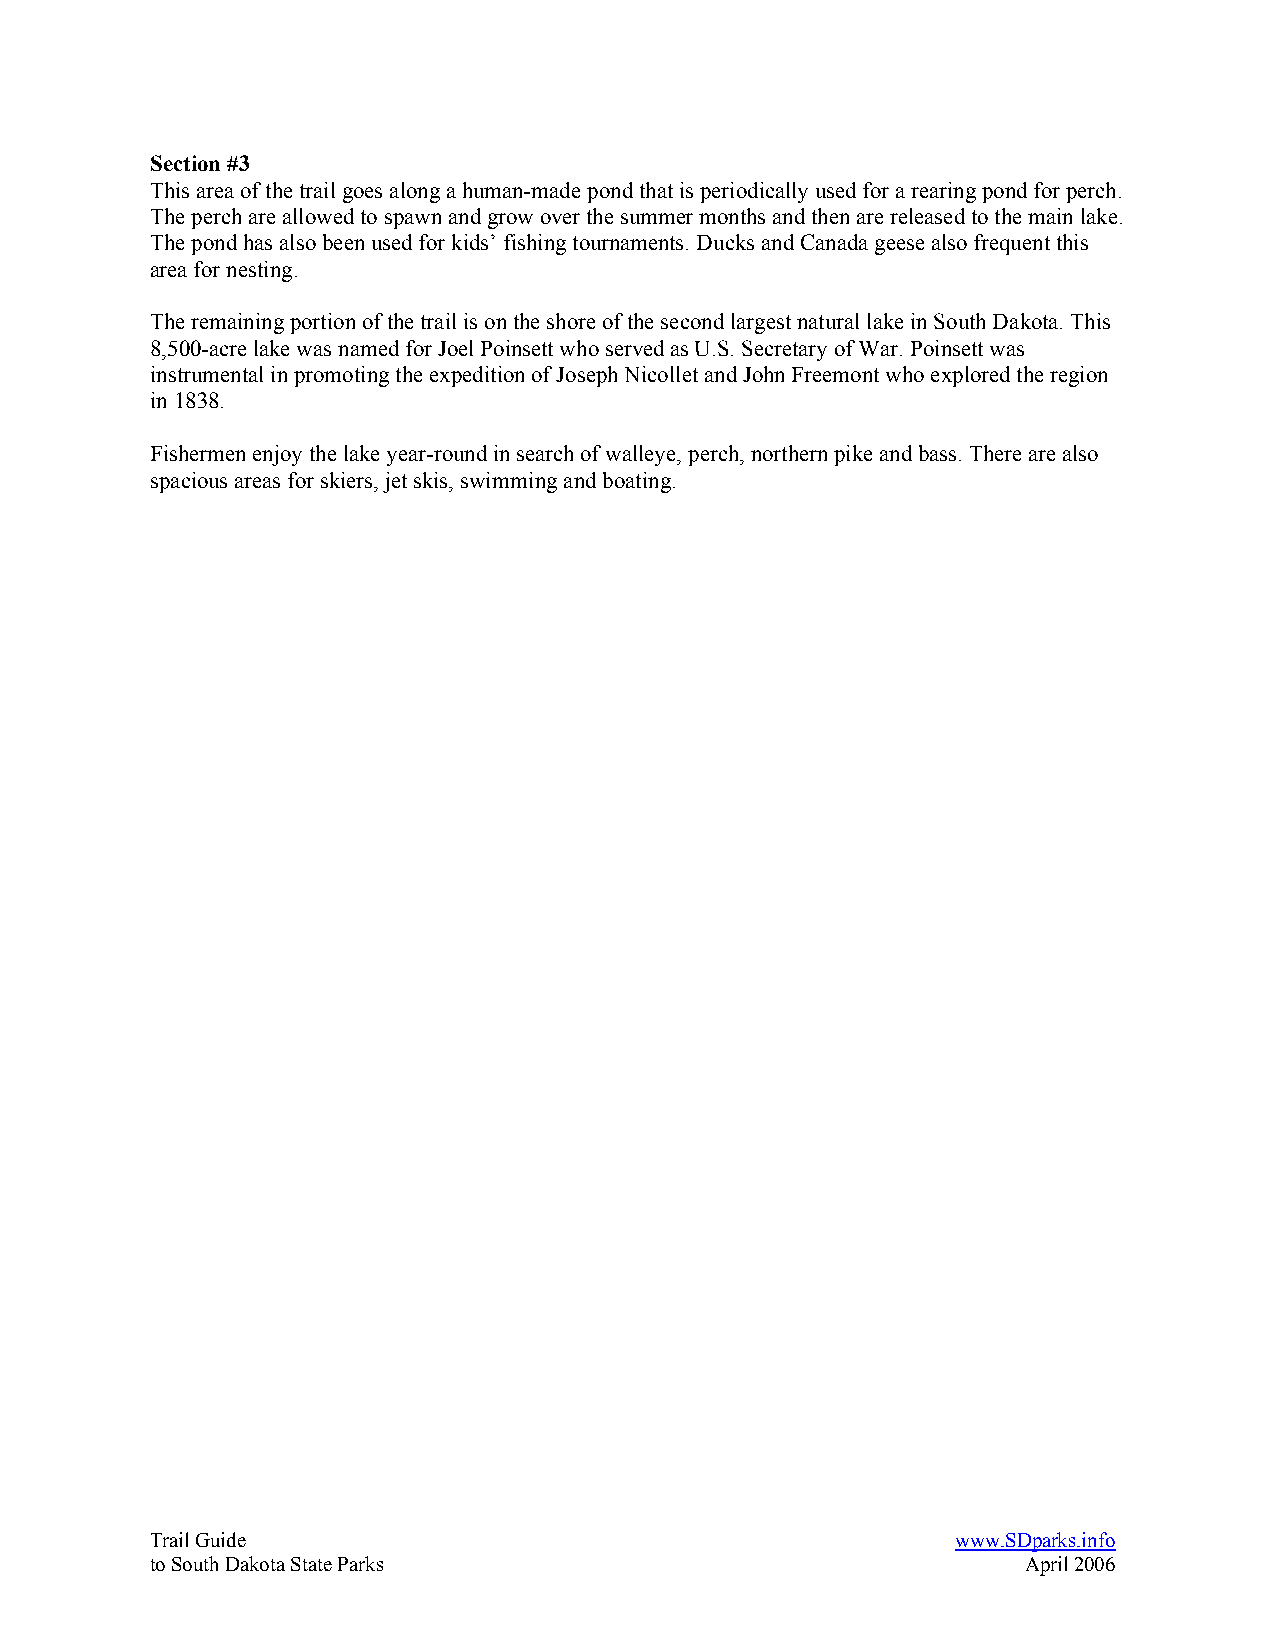
Section #3
 This area of the trail goes along a human-made pond that is periodically used for a rearing pond for perch.
 The perch are allowed to spawn and grow over the summer months and then are released to the main lake.
 The pond has also been used for kids’ fishing tournaments. Ducks and Canada geese also frequent this
 area for nesting.
 The remaining portion of the trail is on the shore of the second largest natural lake in South Dakota. This
 8,500-acre lake was named for Joel Poinsett who served as U.S. Secretary of War. Poinsett was
 instrumental in promoting the expedition of Joseph Nicollet and John Freemont who explored the region
 in 1838.
 Fishermen enjoy the lake year-round in search of walleye, perch, northern pike and bass. There are also
 spacious areas for skiers, jet skis, swimming and boating.
 Trail Guide                                          www.SDparks.info
 to South Dakota State Parks                               April 2006